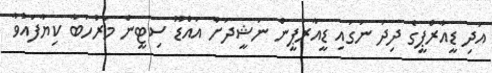
އަދި ޑީއާރްޕީގެ ދިދަ ނަގައި ޑީއާރުޕީން ނަޝީދަށް އައްޑޫ ސިޓީން މަރުހަބާ ކިޔާފައުވާ